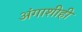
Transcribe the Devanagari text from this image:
अंगाशीही